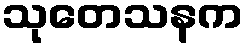
သုတေသနက